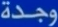
وجدة